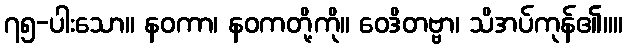
၇၅-ပါးသော။ နဝကာ၊ နဝကတို့ကို။ ဝေဒိတဗ္ဗာ၊ သိအပ်ကုန်၏။။